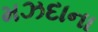
મઝદાના